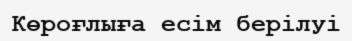
Көроғлыға есім берілуі